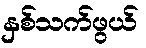
နှစ်သက်ဖွယ်